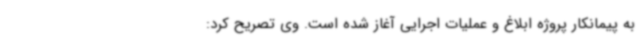
به پیمانکار پروژه ابلاغ و عملیات اجرایی آغاز شده است. وی تصریح کرد: